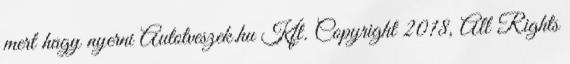
mert hagy nyerni Autotveszek.hu Kft. Copyright 2018, All Rights